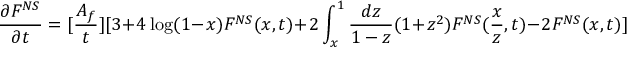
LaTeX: \frac { \partial F ^ { N S } } { \partial t } = [ \frac { A _ { f } } { t } ] [ 3 + 4 \log ( 1 - x ) F ^ { N S } ( x , t ) + 2 \int _ { x } ^ { 1 } \frac { d z } { 1 - z } ( 1 + z ^ { 2 } ) F ^ { N S } ( \frac { x } { z } , t ) - 2 F ^ { N S } ( x , t ) ]